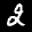
Label: 2